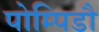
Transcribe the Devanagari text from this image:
पोम्पिडौ